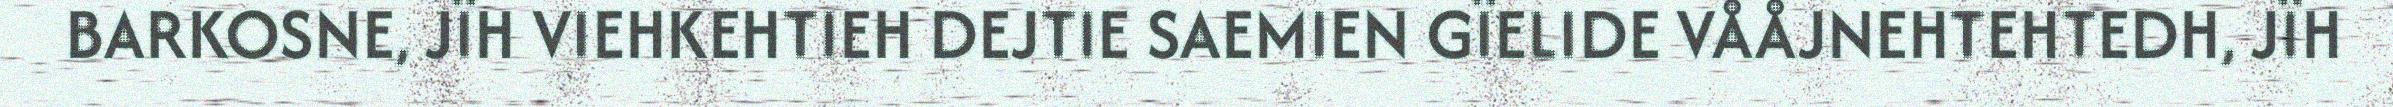
BARKOSNE, JÏH VIEHKEHTIEH DEJTIE SAEMIEN GÏELIDE VÅÅJNEHTEHTEDH, JÏH